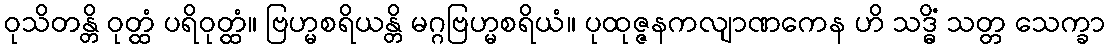
ဝုသိတန္တိ ဝုတ္ထံ ပရိဝုတ္ထံ။ ဗြဟ္မစရိယန္တိ မဂ္ဂဗြဟ္မစရိယံ။ ပုထုဇ္ဇနကလျာဏကေန ဟိ သဒ္ဓိံ သတ္တ သေက္ခာ